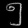
Digit: ၅